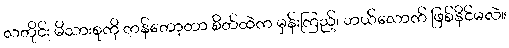
လတိုင်း မိသားစုကို ကန်တော့တာ စိတ်ထဲက မှန်းကြည့်၊ ဘယ်လောက် ဖြစ်နိုင်မလဲ။